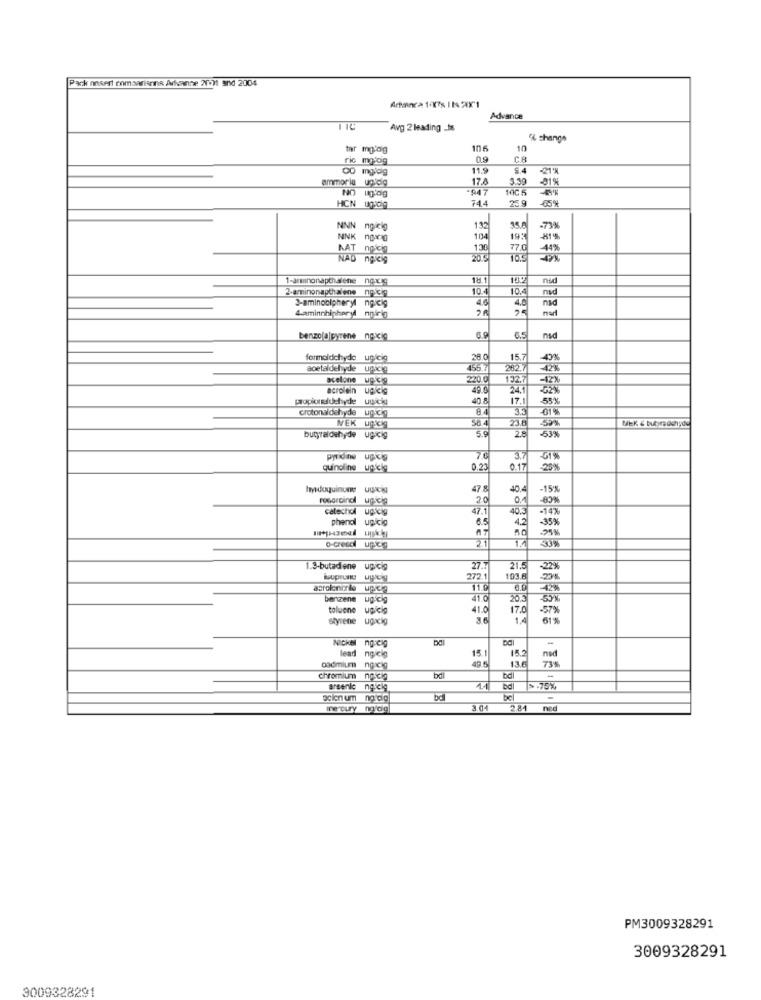
Park nnsert momsarianna Arhvante 2TO)1 and 2004
Artanca 100's IN 200'1
Advance
Avg 2 leading _Is
" change
tar modig
10 6
10
ric mplog
CO mgldg
11.9
5.4
ammor ia unicig
17.8
5.39
-81%
NO
947
10C 5
744
25.9
NNN
ngicio
132
35.6
NNK ngwag
104
19:
AAT npicing
130
77.0
41%
NAD ngucig
20.5
1-aminonapthalene noxg
nud
2-aminonapthalene ngiciy
10.4
10.4
nad
3-aminocipheryl ngicig
46
nad
4.aminnhigheryl npfrig
benzo(a]pyrene ncicig
6.5
nsd
formaldehyde upcig
28
15.7
40%
aoetaldehyde ugicie
55.7
262.7
acetone uglerg
220.0
132.7
acrolein ugicig
49.6
24.1
40 8
17.1
55%
crotonaldehyde ugicig
8.4
3.5
-01%
23.6
MiK & buboradchyde
NEK ug.Kig
5.9
26
butyraldehyde
ugick
53%
pyridine ugxig
7.6
3.7
-51%
quinoline ugicig
0.23
0.17
25%
hyduquinunes uwag
47 8
40.4
-15%
resorcinol ugicig
ugicig
20
0,1
-80%
catechol
ugich
47.
40.3
-147
phenol
6.5
4.2
-35%
24%
2.1
o-cresci upicrg
1.3-butadiene
27
-22%
272.1
103.6
27%
asrolonorie upiera
upog
11.9
benzene ugicig
ugicig
1.0
20.5
5%
toluene
voicig
17.0
-57%
styrene
ugxcig
61%
NICK
ng:eig
lead
lead ng.cig
15.2
15.
13.6
ned
73%
cadmium
ngocig
-
chromium nościg
bal
arsenle ngiclg
bdl
>-75%
scien um na'dig
bal
-
me curry ng'dg
3.01
2.84
ned
PM3009328291
3009328291
3009328291